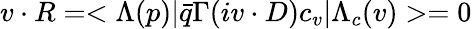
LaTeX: v\cdot R=<\Lambda(p)|\bar{q}\Gamma(iv\cdot D)c_{v}|\Lambda_{c}(v)>=0